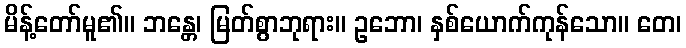
မိန့်တော်မူ၏။ ဘန္တေ၊ မြတ်စွာဘုရား။ ဥဘော၊ နှစ်ယောက်ကုန်သော။ တေ၊